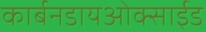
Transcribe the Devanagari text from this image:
कार्बनडायओक्साईड